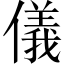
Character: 儀